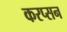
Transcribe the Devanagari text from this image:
करप्सन